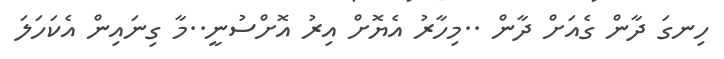
ހިނގަ ދާން ގެއަށް ދާން ..މިހާރު އެޔޮށް އިރު އޮށްސުނީ..މާ ގިނައިން އެކަހަލަ